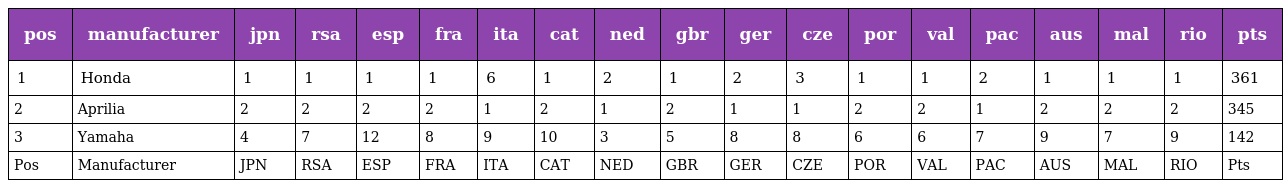
| pos | manufacturer | jpn | rsa | esp | fra | ita | cat | ned | gbr | ger | cze | por | val | pac | aus | mal | rio | pts |
 | --- | --- | --- | --- | --- | --- | --- | --- | --- | --- | --- | --- | --- | --- | --- | --- | --- | --- | --- |
 | 1 | Honda | 1 | 1 | 1 | 1 | 6 | 1 | 2 | 1 | 2 | 3 | 1 | 1 | 2 | 1 | 1 | 1 | 361 |
 | 2 | Aprilia | 2 | 2 | 2 | 2 | 1 | 2 | 1 | 2 | 1 | 1 | 2 | 2 | 1 | 2 | 2 | 2 | 345 |
 | 3 | Yamaha | 4 | 7 | 12 | 8 | 9 | 10 | 3 | 5 | 8 | 8 | 6 | 6 | 7 | 9 | 7 | 9 | 142 |
 | Pos | Manufacturer | JPN | RSA | ESP | FRA | ITA | CAT | NED | GBR | GER | CZE | POR | VAL | PAC | AUS | MAL | RIO | Pts |